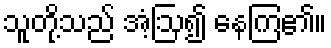
သူတို့သည် အံ့ဩ၍ နေကြ၏။